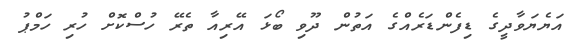
އަޔެޔަވާދީގެ ޑިފެންޑަރެއްގެ އަތުން ދޫވި ބޯޅަ އޭރިއާ ތެރޭ ހުސްކޮށް ހުރި ހަމްޕު